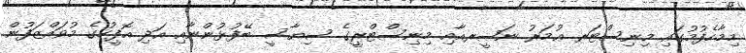
މިމާހެފުމުގައި މިނިސްޓަރ ޢުމަރު ނަޞީރއާއި މިނިސްޓްރީގެ ސިޔާސީ ބޭފުޅުންނާއި އަދި އޮފީހުގެ މުވައްޒަފުން